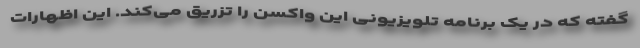
گفته که در یک برنامه تلویزیونی این واکسن را تزریق می‌کند. این اظهارات